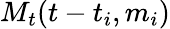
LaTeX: M_{t}(t-t_{i},m_{i})